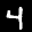
Label: 4